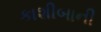
કાશીબાની